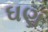
ઘણ